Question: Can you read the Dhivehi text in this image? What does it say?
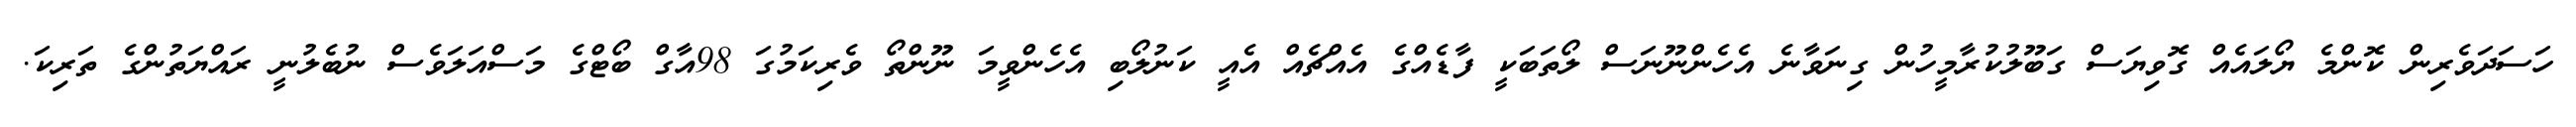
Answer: ހަސަދަވެރިން ކޮންމެ ޔޯލައެއް ގޮވިޔަސް ގަބޫލުކުރާމީހުން ގިނަވާނެ އެހެންނޫނަސް ލޯތަބަކީ ފާޑެއްގެ އެއްޗެއް އެއީ ކަނުލޯބި އެހެންވީމަ ނޫންތޯ ވެރިކަމުގަ 98އާގް ބޯޓްގެ މަސްއަލަވެސް ނުބެލުނީ ރައްޔަތުންގެ ތަރިކަ.